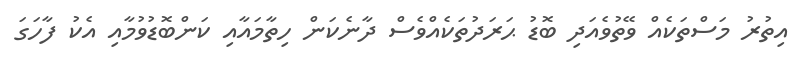
އިތުރު މަސްތަކެއް ވޭތުވެއަދި ބޮޑު ޙަރަދުތަކެއްވެސް ދާނެކަން ހިތާމައާއި ކަންބޮޑުވުމާއި އެކު ފާހަގަ